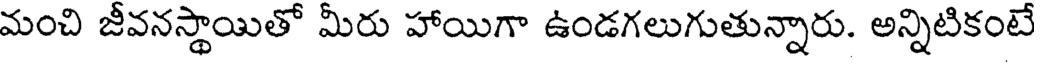
మంచి జీవనస్థాయితో మీరు హాయిగా ఉండగలుగుతున్నారు. అన్నిటికంటే